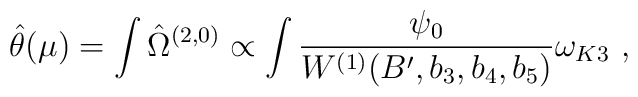
\hat \theta(\mu)=\int\hat \Omega^{(2,0)}\propto\int\frac{\psi_0}{W^{(1)}(B',b_3,b_4,b_5)}\omega_{K3}\ ,